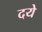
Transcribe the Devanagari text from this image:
दये